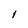
Character: 1